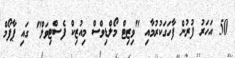
50 އަހަރު ފުރުން ފާހަގަކުރުމާއި "ވިޒިޓް މޯލްޑިވްސް މިއުޒިކް ފެސްޓިވަލް" ގައި ޕާފޯމް